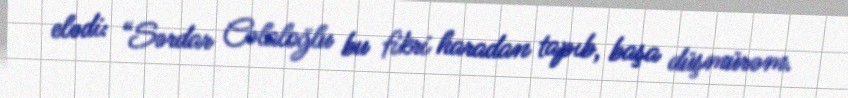
elədi: “Sərdar Cəlaloğlu bu fikri haradan tapıb, başa düşmürəm.